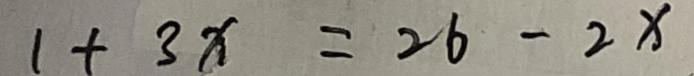
1 + 3 x = 2 6 - 2 x